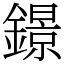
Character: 鐛